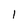
Character: 1